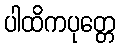
ပါထိကပုတ္တေ